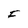
Character: F